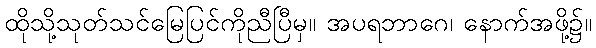
ထိုသို့သုတ်သင်မြေပြင်ကိုညီပြီမှ။ အပရဘာဂေ၊ နောက်အဖို့၌။